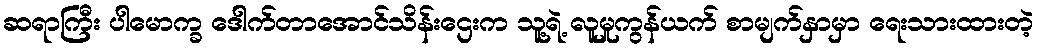
ဆရာကြီး ပါမောက္ခ ဒေါက်တာအောင်သိန်းဌေးက သူ့ရဲ့ လူမှုကွန်ယက် စာမျက်နှာမှာ ရေးသားထားတဲ့